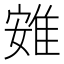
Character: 𨾶